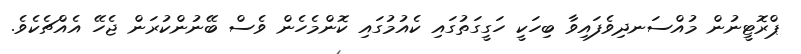
ޕްރޮޓީނުން މުއްސަނދިވެފައިވާ ބިހަކީ ހަގީގަތުގައި ކެއުމުގައި ކޮންމެހެން ވެސް ބޭނުންކުރަން ޖެހޭ އެއްޗެކެވެ.